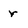
Character: r